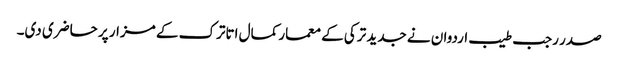
صدر رجب طیب اردوان نے جدید ترکی کے معمار کمال اتاترک کے مزار پر حاضری دی۔